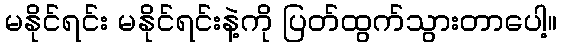
မနိုင်ရင်း မနိုင်ရင်းနဲ့ကို ပြတ်ထွက်သွားတာပေါ့။